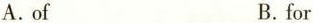
A.of B.for